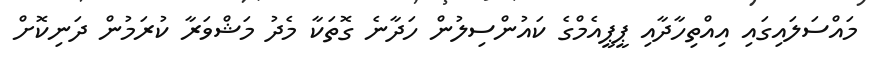
މައްސަލައިގައި އިއްތިހާދާއި ޕީޕީއެމްގެ ކައުންސިލުން ހަދާނެ ގޮތަކާ މެދު މަޝްވަރާ ކުރަމުން ދަނިކޮށް